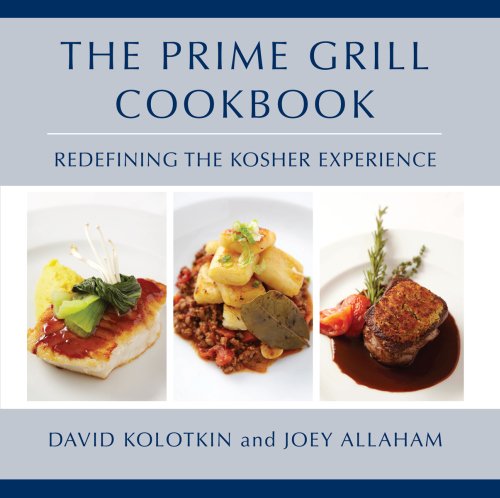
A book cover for Prime Grill Cookbook, The; David Kolotkin; Cookbooks, Food & Wine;